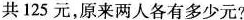
共125元，原来两人各有多少元?